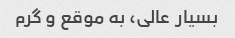
بسیار عالی، به موقع و گرم